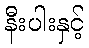
နီးပါးနှင့်